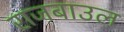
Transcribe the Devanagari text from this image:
राजबाउल